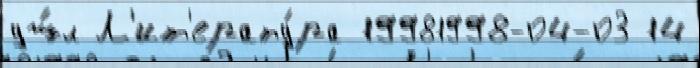
уш́л Л'ит'ерату́ра 19981998-04-03 14